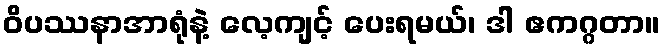
ဝိပဿနာအာရုံနဲ့ လေ့ကျင့် ပေးရမယ်၊ ဒါ ဧကဂ္ဂတာ။